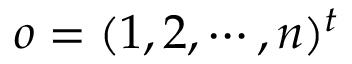
o = ( 1 , 2 , \cdots , n ) ^ { t }